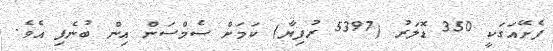
ފެށޭއަގަކީ 350 ޑޮލަރު (5397 ރުފިޔާ) ކަމަށް ސެމްސަން އިން ބުނެފި އެވެ.